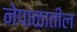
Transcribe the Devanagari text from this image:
नेपाळातील